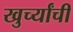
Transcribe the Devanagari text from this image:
खुर्च्यांची